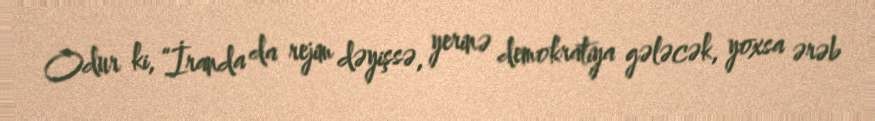
Odur ki, “İranda da rejim dəyişsə, yerinə demokratiya gələcək, yoxsa ərəb